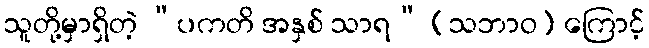
သူတို့မှာရှိတဲ့ “ပကတိ အနှစ် သာရ” (သဘာဝ) ကြောင့်